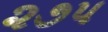
૨૭પ